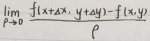
\[\lim_{y \to y_0} f(x_0, y)=f(x_0, y_0)\]